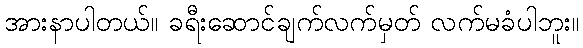
အားနာပါတယ်။ ခရီးဆောင်ချက်လက်မှတ် လက်မခံပါဘူး။